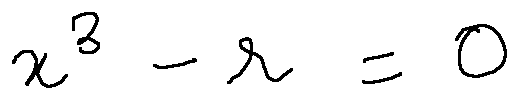
x ^ { 3 } - r = 0